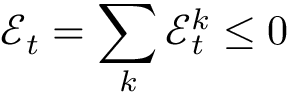
\mathcal { E } _ { t } = \sum _ { k } \mathcal { E } _ { t } ^ { k } \leq 0